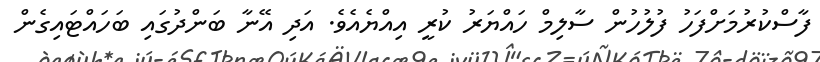
ފާސްކުރުމަށްފަހު ފުލުހުން ސާލިމް ހައްޔަރު ކުރީ އިއްޔެއެވެ. އަދި އޭނާ ބަންދުގައި ބަހައްޓައިގެން